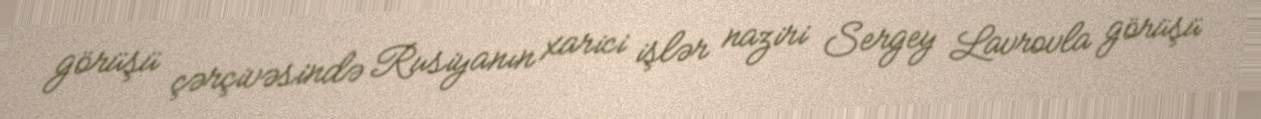
görüşü çərçivəsində Rusiyanın xarici işlər naziri Sergey Lavrovla görüşü